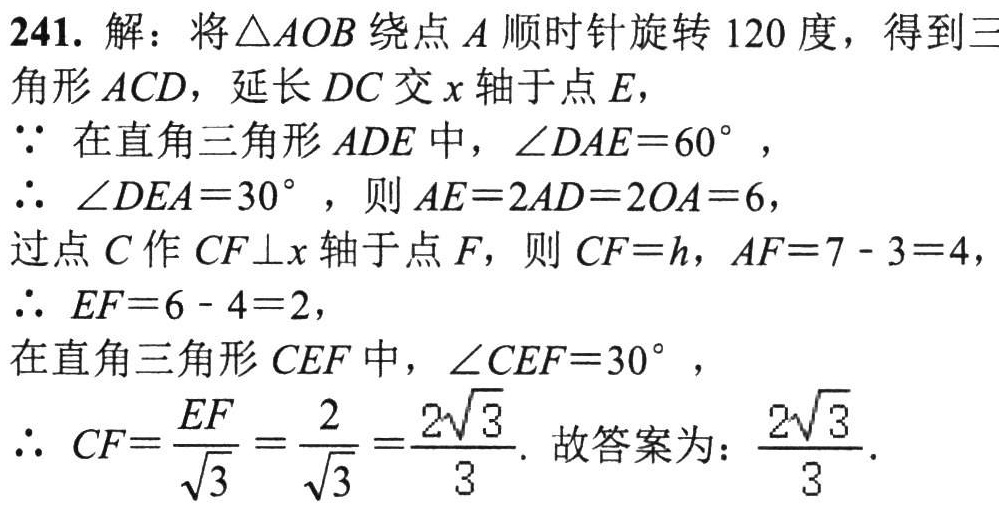
241. 解：将\(\triangle AOB\)绕点\(A\)顺时针旋转\(120\)度，得到三角形\(ACD\)，延长\(DC\)交\(x\)轴于点\(E\)，
\(\because\)在直角三角形\(ADE\)中，\(\angle DAE = 60^{\circ}\)，
\(\therefore\) \(\angle DEA = 30^{\circ}\)，则\(AE = 2AD = 2OA = 6\)，
过点\(C\)作\(CF\perp x\)轴于点\(F\)，则\(CF = h\)，\(AF = 7 - 3 = 4\)，
\(\therefore\) \(EF = 6 - 4 = 2\)，
在直角三角形\(CEF\)中，\(\angle CEF = 30^{\circ}\)，
\(\therefore\) \(CF=\frac{EF}{\sqrt{3}}=\frac{2}{\sqrt{3}}=\frac{2\sqrt{3}}{3}\). 故答案为：\(\frac{2\sqrt{3}}{3}\).